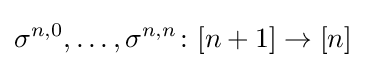
\sigma ^{n,0},\dotsc ,\sigma ^{n,n}\colon [n+1]\to [n]